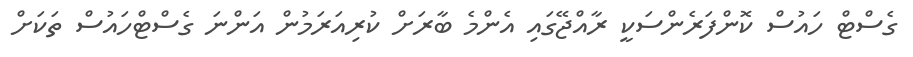
ގެސްޓް ހައުސް ކޮންފަރެންސަކީ ރާއްޖޭގައި އެންމެ ބާރަށް ކުރިއަރަމުން އަންނަ ގެސްޓްހައުސް ތަކަށް